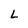
Character: L